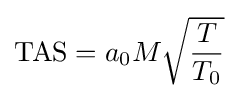
\mathrm {TAS} ={a_{0}}M{\sqrt {T \over T_{0}}}